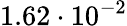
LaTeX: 1.62\cdot 10^{-2}